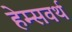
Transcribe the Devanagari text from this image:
हेम्सवर्थ